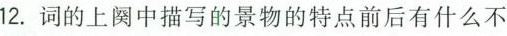
12.词的上阕中描写的景物的特点前后有什么不